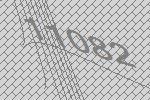
11082